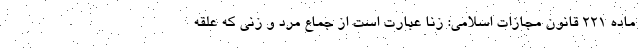
ماده ۲۲۱ قانون مجازات اسلامی: زنا عبارت است از جماع مرد و زنی که علقه